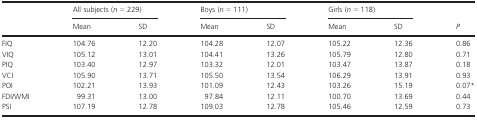
<table><thead><tr><td></td><td colspan="2"><b>All subjects (<i>n </i>=<i> </i>229)</b></td><td colspan="2"><b>Boys (<i>n </i>=<i> </i>111)</b></td><td colspan="2"><b>Girls (<i>n </i>=<i> </i>118)</b></td><td rowspan="2"><b><i>P</i></b></td></tr><tr><td><b>Mean</b></td><td><b>SD</b></td><td><b>Mean</b></td><td><b>SD</b></td><td><b>Mean</b></td><td><b>SD</b></td></tr></thead><tbody><tr><td>FIQ</td><td>104.76</td><td>12.20</td><td>104.28</td><td>12.07</td><td>105.22</td><td>12.36</td><td>0.86</td></tr><tr><td>VIQ</td><td>105.12</td><td>13.01</td><td>104.41</td><td>13.26</td><td>105.79</td><td>12.80</td><td>0.71</td></tr><tr><td>PIQ</td><td>103.40</td><td>12.97</td><td>103.32</td><td>12.01</td><td>103.47</td><td>13.87</td><td>0.18</td></tr><tr><td>VCI</td><td>105.90</td><td>13.71</td><td>105.50</td><td>13.54</td><td>106.29</td><td>13.91</td><td>0.93</td></tr><tr><td>POI</td><td>102.21</td><td>13.93</td><td>101.09</td><td>12.43</td><td>103.26</td><td>15.19</td><td>0.07*</td></tr><tr><td>FDI/WMI</td><td>99.31</td><td>13.00</td><td>97.84</td><td>12.11</td><td>100.70</td><td>13.69</td><td>0.44</td></tr><tr><td>PSI</td><td>107.19</td><td>12.78</td><td>109.03</td><td>12.78</td><td>105.46</td><td>12.59</td><td>0.73</td></tr></tbody></table>